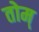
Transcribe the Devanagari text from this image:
तोम्